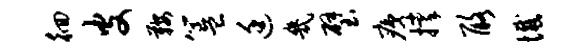
徊皮鞍簋廷几璧痍撑酪憾